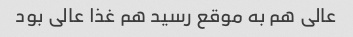
عالی هم به موقع رسید هم غذا عالی بود